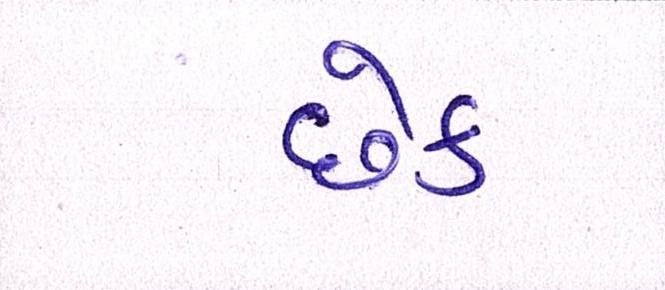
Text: છેક